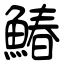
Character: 鰆